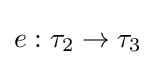
e:\tau _{2}\to \tau _{3}